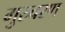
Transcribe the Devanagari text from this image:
गुस्र्चरण